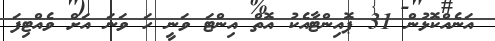
އަނެއްކޮޅުން 31 ޕޮއިންޓާއެކު އޮތް އިންޓަ ވަނީ ހަ ވަނަ އަށް ވެއްޓިފަ